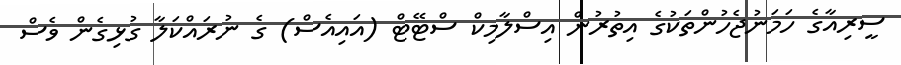
ސީރިއާގެ ހަމަނުޖެހުންތަކުގެ އިތުރުން އިސްލާމިކް ސްޓޭޓް (އައިއެސް) ގެ ނުރައްކަލާ ގުޅިގެން ވެސް